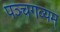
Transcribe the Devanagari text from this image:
पञ्चगव्यम्